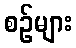
စဉ်များ